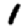
Digit: 1